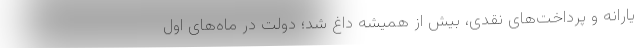
یارانه و پرداخت‌های نقدی، بیش از همیشه داغ شد؛ دولت در ماه‌های اول